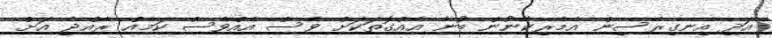
އަދި އިނގިރޭސިން އެމެރިކާނުން ބުނާ އެއްގޮތަކަށް ވެސް އެއްވެސް ކަމެއް ރާއްޖެ އަށް